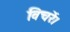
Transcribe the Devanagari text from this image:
विचरें।